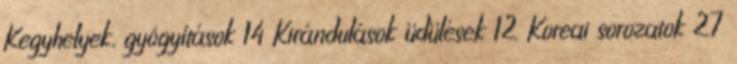
Kegyhelyek, gyógyítások 14 Kirándulások üdülések 12 Koreai sorozatok 27